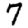
Digit: 7